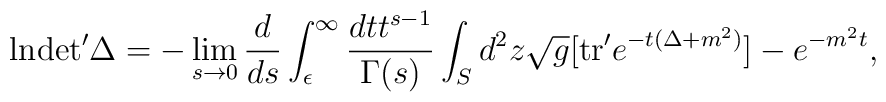
{\rm ln}{\rm det '} \Delta = - \lim_{s \to 0} {{d}\over{ds}}\int_{\epsilon}^{\infty} {{dt t^{s-1}}\over{\Gamma(s)}}    \int_{S} d^2 z {\sqrt {g}} [{\rm tr'} e^{-t(\Delta + m^2)}] - e^{-m^2 t},